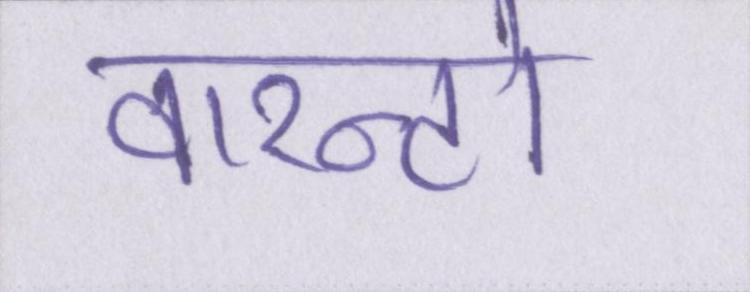
वारन्टो